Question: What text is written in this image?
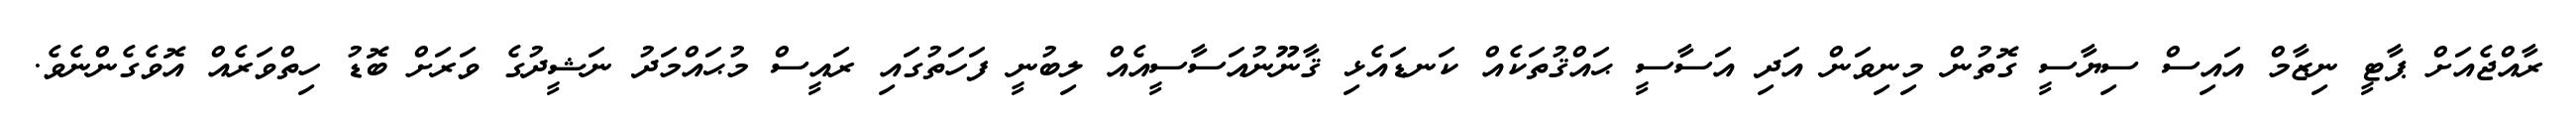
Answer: ރާއްޖެއަށް ޕާޓީ ނިޒާމް އައިސް ސިޔާސީ ގޮތުން މިނިވަން އަދި އަސާސީ ޙައްޤުތަކެއް ކަނޑައެޅި ޤާނޫނުއަސާސީއެއް ލިބުނީ ފަހަތުގައި ރައީސް މުޙައްމަދު ނަޝީދުގެ ވަރަށް ބޮޑު ހިތްވަރެއް އޮވެގެންނެވެ.